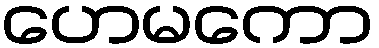
ဟေမကော